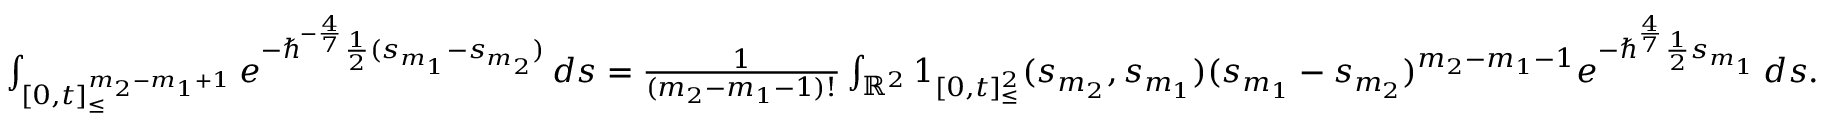
\begin{array} { r } { \int _ { [ 0 , t ] _ { \leq } ^ { m _ { 2 } - m _ { 1 } + 1 } } e ^ { - \hbar ^ { - \frac { 4 } { 7 } } \frac { 1 } { 2 } ( s _ { m _ { 1 } } - s _ { m _ { 2 } } ) } \, d \boldsymbol { s } = \frac { 1 } { ( m _ { 2 } - m _ { 1 } - 1 ) ! } \int _ { \mathbb { R } ^ { 2 } } \boldsymbol { 1 } _ { [ 0 , t ] _ { \leq } ^ { 2 } } ( s _ { m _ { 2 } } , s _ { m _ { 1 } } ) ( s _ { m _ { 1 } } - s _ { m _ { 2 } } ) ^ { m _ { 2 } - m _ { 1 } - 1 } e ^ { - \hbar ^ { \frac { 4 } { 7 } } \frac { 1 } { 2 } s _ { m _ { 1 } } } \, d \boldsymbol { s } . } \end{array}